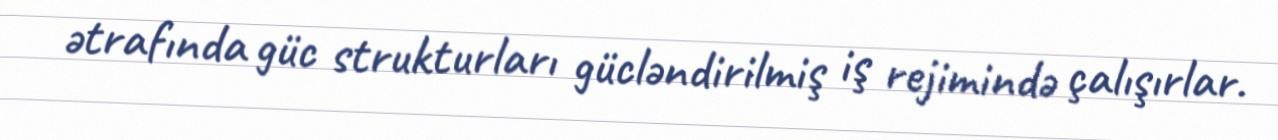
ətrafında güc strukturları gücləndirilmiş iş rejimində çalışırlar.